Medical and sanitary report of the native army of Madras for the year
Year: 1876
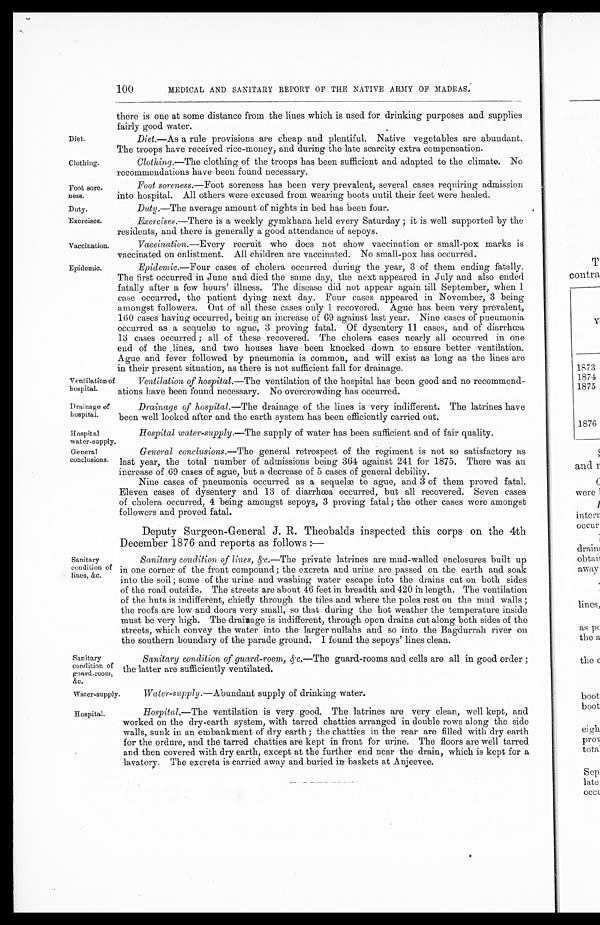
Exercises.
Vaccination.
Epidemic.
Ventilation of
hospital.
Drainage of
hospital.
Hospital
water-supply.
General
conclusions .
100
MEDICAL AND SANITARY REPORT OF THE NATIVE ARMY OF MADRAS
.
there is one at some distance from the lines which is used for drinking purposes and supplies
fairly good water.
Diet
Diet.—As a rule provisions are cheap and plentiful. Native vegetables are abundant.
The troops have received rice-money, and during the late scarcity extra compensation.
Clothing.
Clothing.—The clothing of the troops has been sufficient and adapted to the climate. No
recommendations have been found necessary.
Foot sore
-ness. Foot soreness.—Foot soreness has been very prevalent, several cases requiring admission
into hospital. All others were excused from wearing boots until their feet were healed.
Duty.
Duty.—The average amount of nights in bed has been four.
Exercises.— There is a weekly gymkhana held every Saturday; it is well supported by the
residents, and there is generally a good attendance of sepoys.
Vaccination.—Every recruit who does not show vaccination or small-pox marks is
vaccinated on enlistment. All children are vaccinated. No small-pox has occurred.
Epidemic.—Four cases of cholera occurred during the year, 3 of them ending fatally.
The first occurred in June and died the same day, the next appeared in July and also ended
fatally after a few hours' illness. The disease did not appear again till September, when 1
case occurred, the patient dying next day. Four cases appeared in November, 3 being
amongst followers. Out of all these cases only 1 recovered. Ague has been very prevalent,
160 cases having occurred, being an increase of 69 against last year. Nine cases of pneumonia
occurred as a sequelæ to ague, 3 proving fatal. Of dysentery 11 cases, and of diarrhœa
13 cases occurred; all of these recovered. The cholera cases nearly all occurred in one
end of the lines, and two houses have been knocked down to ensure better ventilation.
Ague and fever followed by pneumonia is common, and will exist as long as the lines are
in their present situation, as there is not sufficient fall for drainage.
Ventilation of hospital.— The ventilation of the hospital has been good and no recommend--
ations have been found necessary. No overcrowding has occurred.
Drainage of hospital.— The drainage of the lines is very indifferent. The latrines have
been well looked after and the earth system has been efficiently carried out.
Sanitary
condition of
&c.
Hospital water-supply.—The supply of water has been sufficient and of fair quality.
General conclusions.— The general retrospect of the regiment is not so satisfactory as
last year, the total number of admissions being 364 against 241 for 1875. There was an
increase of 69 cases of ague, but a decrease of 5 cases of general debility.
Nine cases of pneumonia occurred as a sequelæ to ague, and 3 of them proved fatal.
Eleven cases of dysentery and 13 of diarrhœa occurred, but all recovered. Seven cases
of cholera occurred, 4 being amongst sepoys, 3 proving fatal; the other cases were amongst
followers and proved fatal.
Deputy Surgeon-General J.R. Theobalds inspected this corps on the 4th
December 1876 and reports as follows:—
Sanitary condition of lines, &c.—The private latrines are mud-walled enclosures built up
in one corner of the front compound; the excreta and urine are passed on the earth and soak
into the soil; some of the urine and washing water escape into the drains cut on both sides
of the road outside. The streets are about 46 feet in breadth and 420 in length. The ventilation
of the huts is indifferent, chiefly through the tiles and where the poles rest on the mud walls;
the roofs are low and doors very small, so that during the hot weather the temperature inside
must be very high. The drainage is indifferent, through open drains cut along both sides of the
streets, which convey the water into the larger nullahs and so into the Bagdurrah river on
the southern boundary of the parade ground. I found the sepoys' lines clean.
Sanitary
condition of
guard-room,
&c.
Sanitary condition of guard-room, &c.—The guard-rooms and cells are all in good order;
the latter are sufficiently ventilated.
Water-supply.
Water-supply .—Abundant supply of drinking water.
Hospital.
Hospital.— The ventilation is very good. The latrines are very clean, well kept, and
worked on the dry-earth system, with tarred chatties arranged in double rows along the side
walls, sunk in an embankment of dry earth; the chatties in the rear are filled with dry earth
for the ordure, and the tarred chatties are kept in front for urine. The floors are well tarred
and then covered with dry earth, except at the further end near the drain, which is kept for a
lavatory. The excreta is carried away and buried in baskets at Anjeevee.